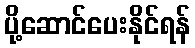
ပို့ဆောင်ပေးနိုင်ရန်